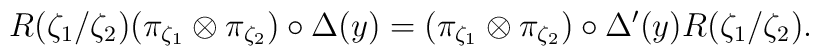
R(\zeta_1 /\zeta_2)(\pi_{\zeta_1} \otimes\pi_{\zeta_2})\circ\Delta(y)=(\pi_{\zeta_1} \otimes\pi_{\zeta_2})\circ\Delta'(y)R(\zeta_1 /\zeta_2).